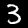
Label: 3